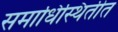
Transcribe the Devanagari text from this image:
समाधिस्थितीत